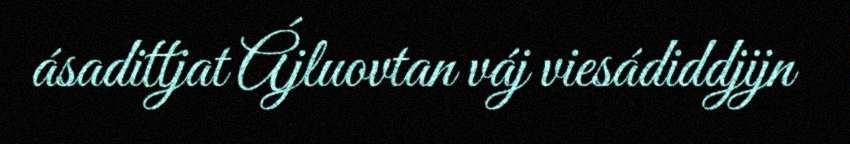
ásadittjat Ájluovtan váj viesádiddjijn